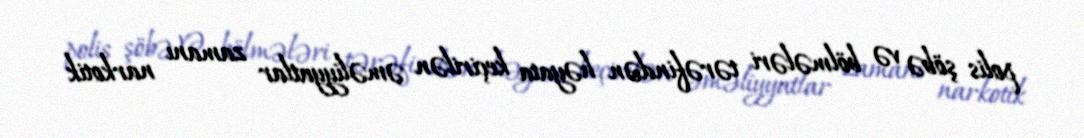
polis şöbə və bölmələri tərəfindən həyata keçirilən əməliyyatlar zamanı narkotik